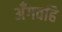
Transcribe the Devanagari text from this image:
अँगवहि